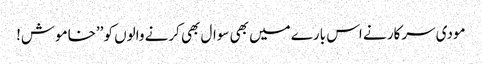
مودی سرکار نے اس بارے میں بھی سوال بھی کرنے والوں کو ’’خاموش!